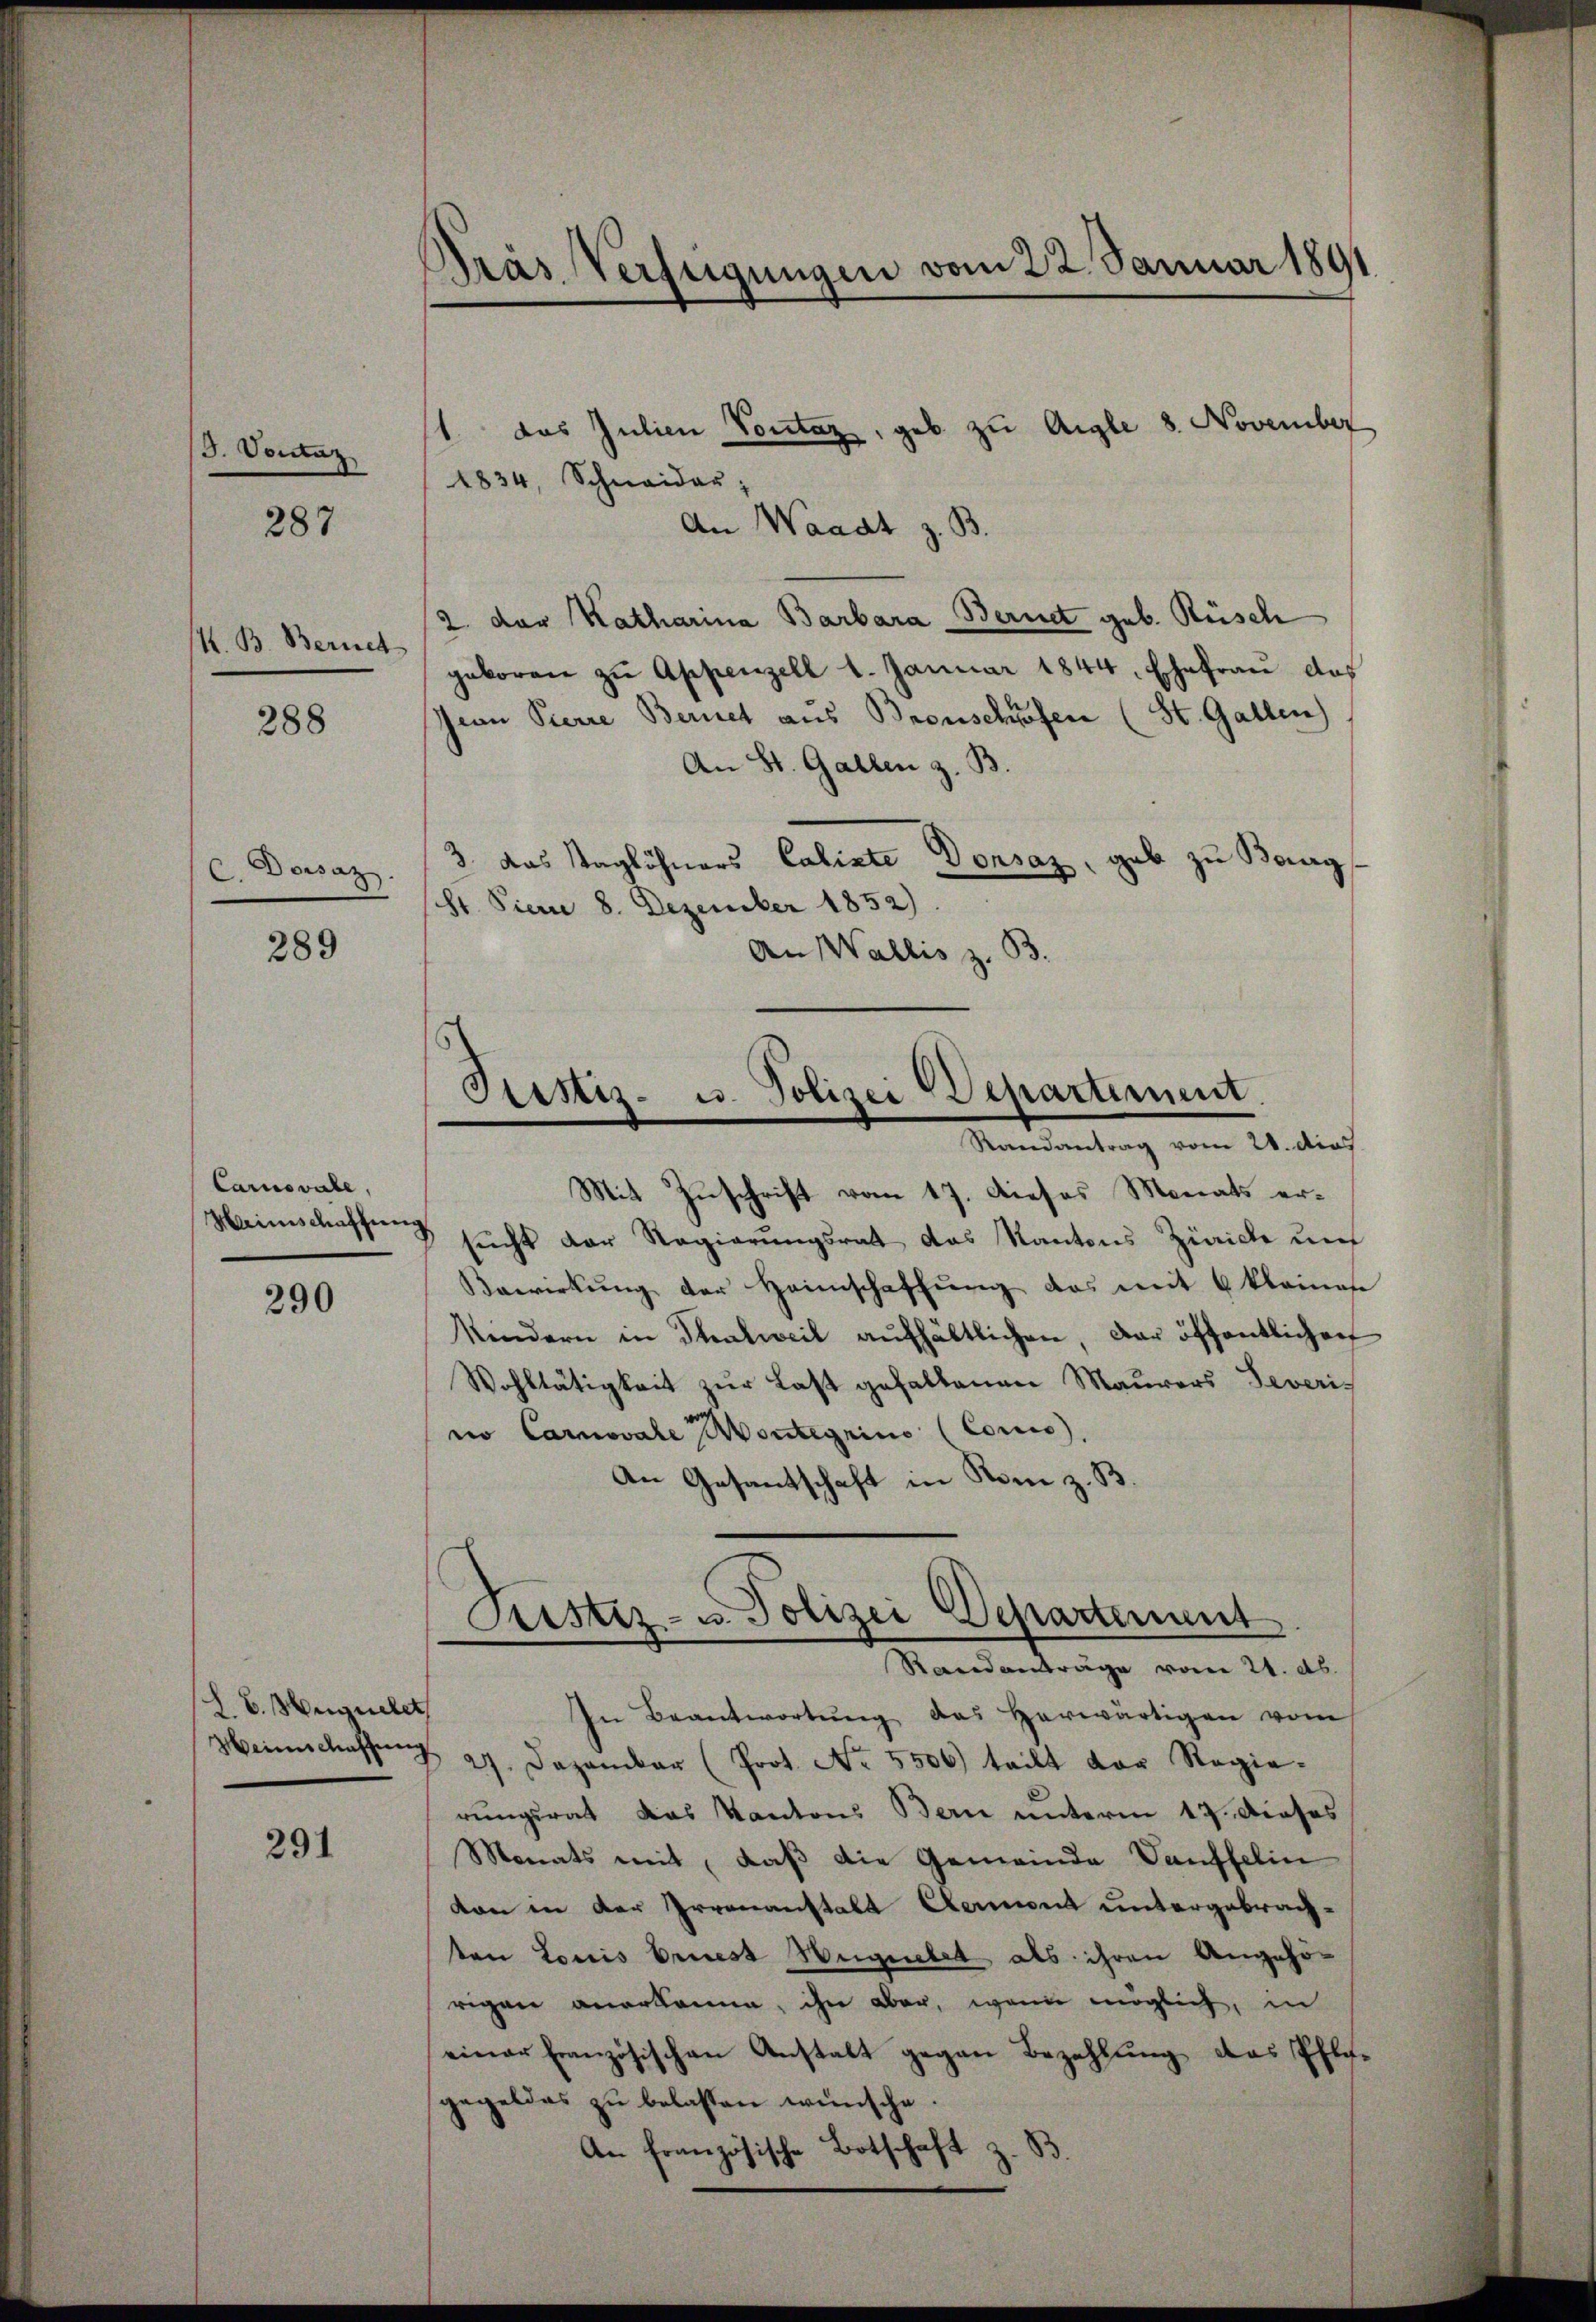
/3. Vontaz

287

/4. B. Bernet

288

C. Dessaz

289

Carsvate,
Mainischaffung

290

L. v. Hüguelet
Weinschaffung

291

Pras Verfügungen vom 22. Januar 1891

1 das Julien Vontaz, geb zu Aigle 8. November
1834, Schnaidar;
An Waadt z. B.
2. der Katharina Barbara Bernet geb. Rüsch
geboren zu Appenzell 1. Januar 1844, Ehefrau das
Jean Pierre Bernet aus Bronschöfen (St. Gallen)
An St. Gallen z. B.
3. Das Taglöhners Cabinte Donsaz, gab zu Baarg
8t. Ferie 8. Dezember 1852).
An Wallis z. B.

Mit Zuschrift vom 17. Dieses Monats ersucht der Regierungsrat das Kantons Zürich und
Bewirkung der Heimschaffung das mit 6 kleinese
Kindern in Thalweil aŭfhältlichen, der öffentlichen
Wohltätigkeit zur Last gefallenen Maurers Severis
io Carnovale Montegrino (Conis,
An Gesantschaft in Rom z. B

In Beantwortŭng das herwärtigen vom
27. Dezember (Prot. No. 5500) teilt der Regie-
rungsrat das Kantons Bern unterm 17. Dieses
Monats mit, daß die Gemeinde Vauffelin
von in der Irrenanstalt Ceront untergebrachten Louis briest Hegnetet als ihren Angehörigen anerkanne, ihre aber, wenn möglich, in
einer Französischen Anstalt gegen Bezahlŭng das Pfle-
gegeldes zu belassen wünsche
An französische Botschaft z. B

Sistiz- u. Polizei Departement.
Randantrag vom 28. dies

Pristiz- u. Polizei Departement.
Randanträge vom 21. ds.